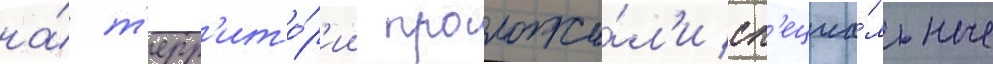
на́ т'ерр'ито́р'ии проложи́л'и сп'ециа́льные